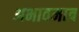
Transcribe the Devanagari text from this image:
अभावमात्र